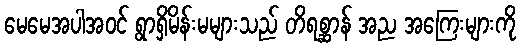
မေမေအပါအဝင် ရွာရှိမိန်းမများသည် တိရစ္ဆာန် အည အကြေးများကို